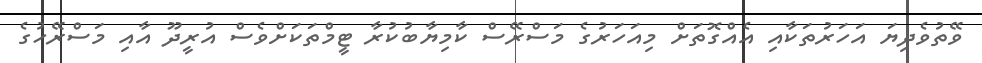
ވޭތުވެދިޔަ އަހަރުތަކާއި އެއްގޮތަށް މިއަހަރުގެ މަސްރޭސް ކާމިޔާބުކުރާ ޓީމްތަކަށްވެސް އުރީދޫ އާއި މަސްރޭހުގެ